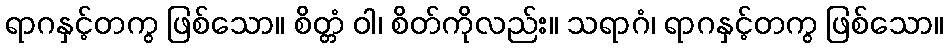
ရာဂနှင့်တကွ ဖြစ်သော။ စိတ္တံ ဝါ၊ စိတ်ကိုလည်း။ သရာဂံ၊ ရာဂနှင့်တကွ ဖြစ်သော။